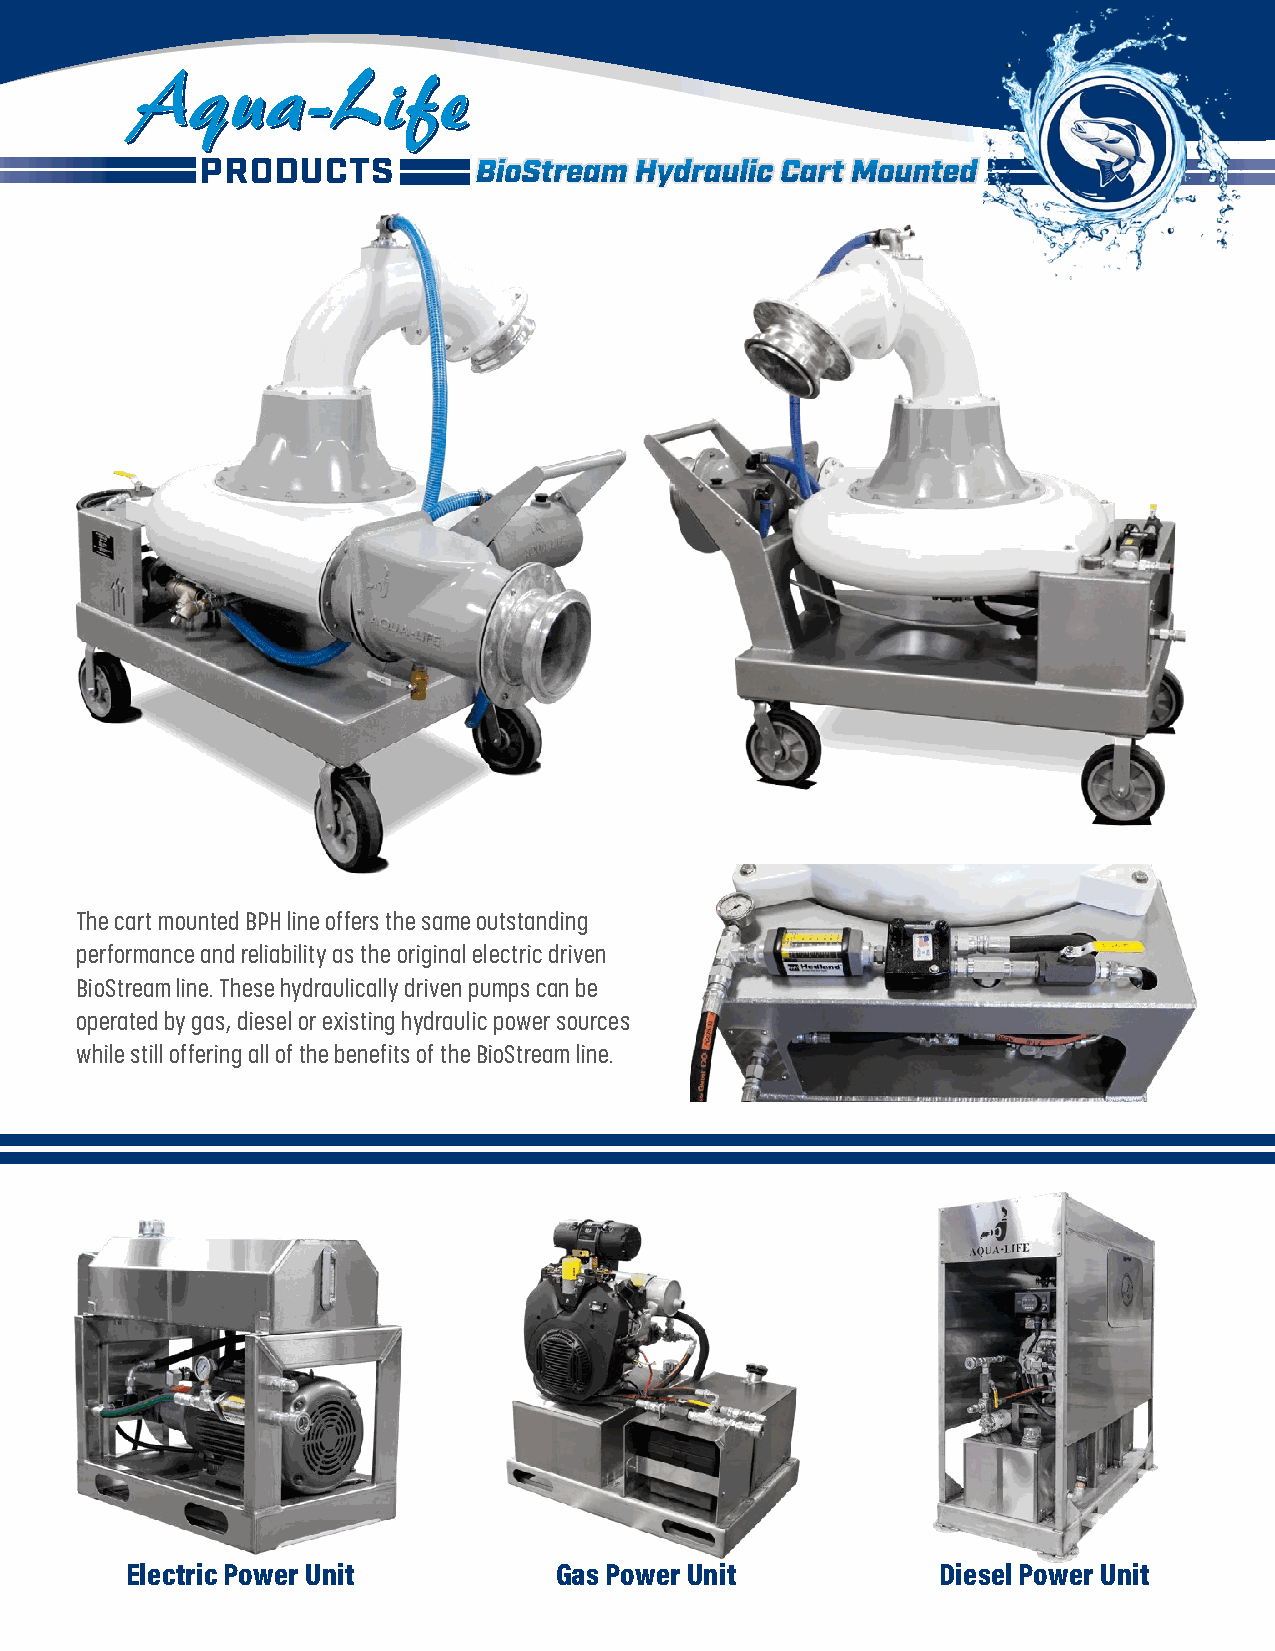
AAAqqquuuaaa---LLLiiifffeee
 PRODUCTS           BBiiooSSttrreeaamm HHyyddrraauulliicc CCaarrtt MMoouunntteedd
 The cart mounted BPH line offers the same outstanding
 performance and reliability as the original electric driven
 BioStream line. These hydraulically driven pumps can be
 operated by gas, diesel or existing hydraulic power sources
 while still offering all of the benefits of the BioStream line.
 Electric Power Unit          Gas Power Unit           Diesel Power Unit